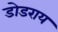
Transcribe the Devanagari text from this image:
डोडराय